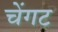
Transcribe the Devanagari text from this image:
चेंगट